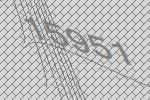
15951